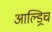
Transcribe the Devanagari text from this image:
आल्ड्रिच